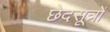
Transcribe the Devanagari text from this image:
छेदसूत्रों